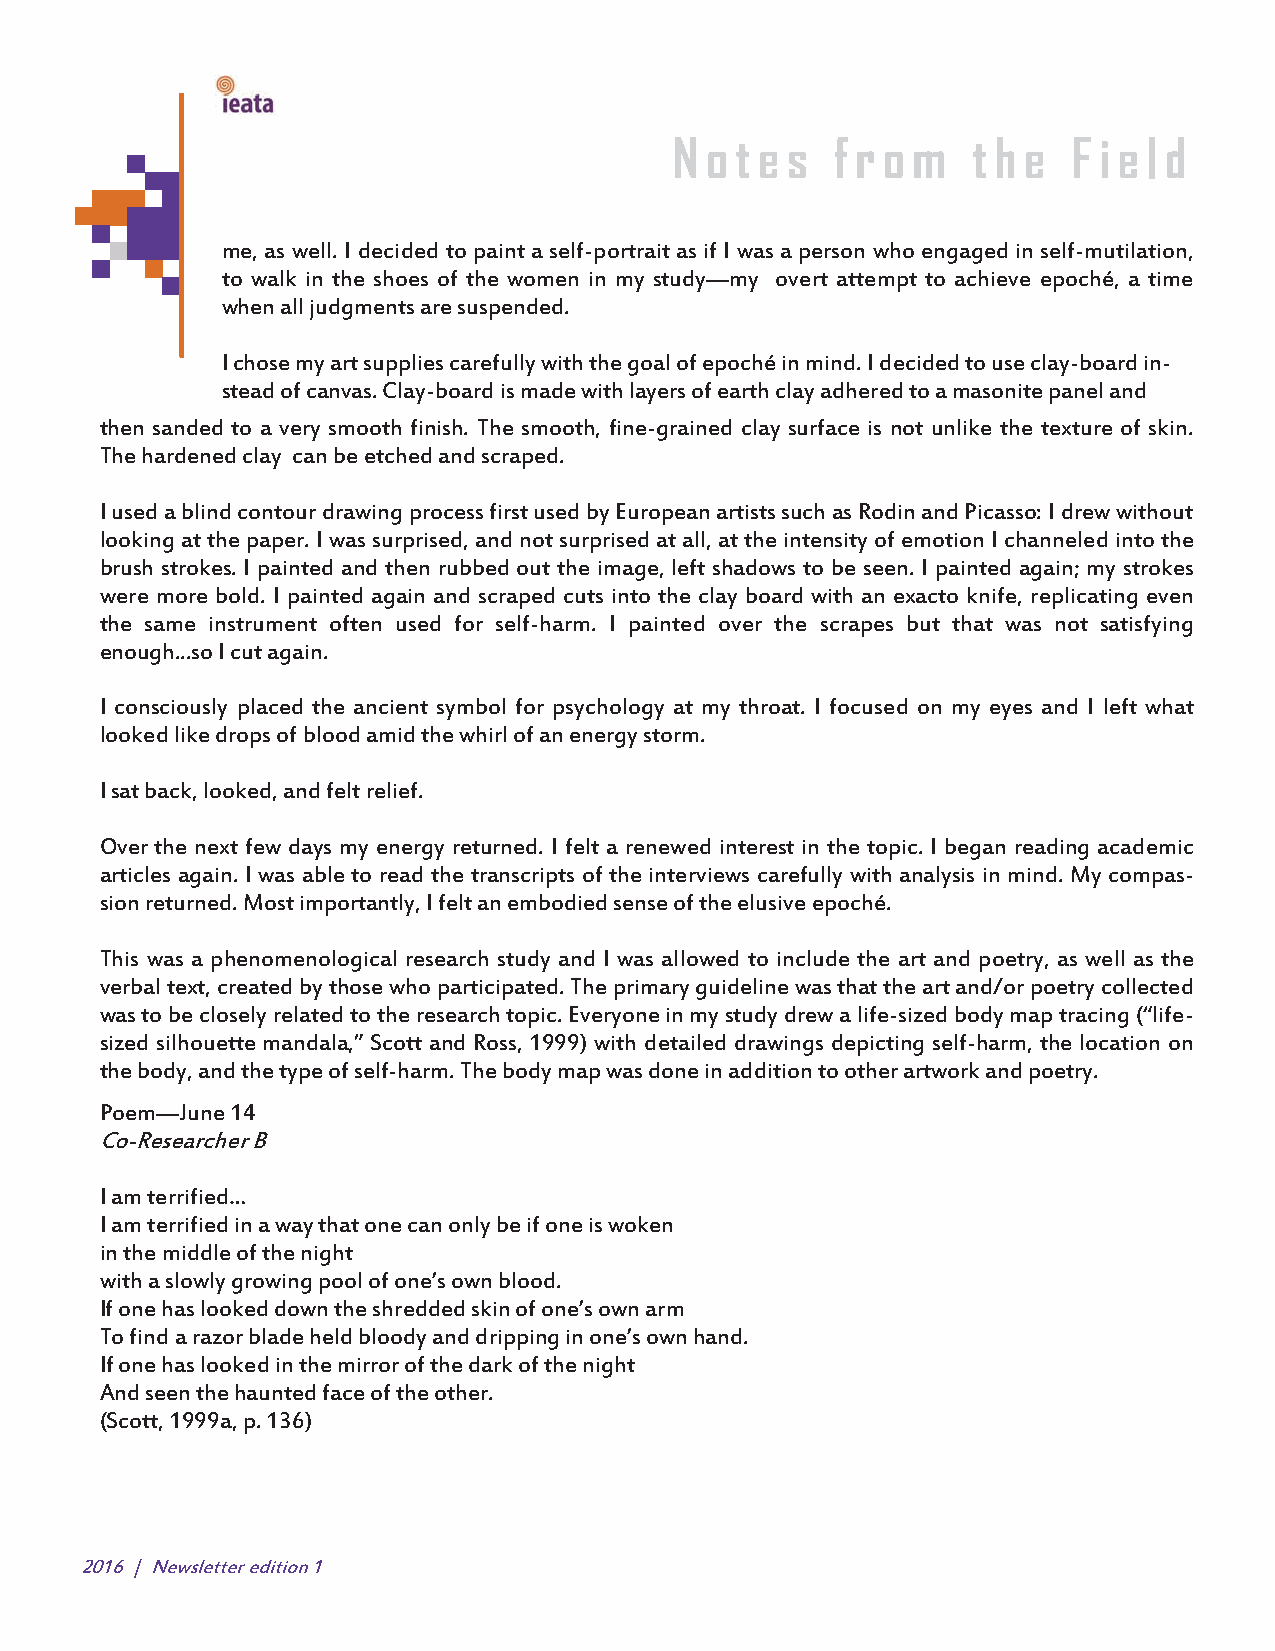
!
 N o t e s f r o m  t h e  F i e l d
 me, as well. I decided to paint a self-portrait as if I was a person who engaged in self-mutilation,
 to walk in the shoes of the women in my study—my overt attempt to achieve epoché, a time
 when all judgments are suspended.
 I chose my art supplies carefully with the goal of epoché in mind. I decided to use clay-board in-
 stead of canvas. Clay-board is made with layers of earth clay adhered to a masonite panel and
 then sanded to a very smooth finish. The smooth, fine-grained clay surface is not unlike the texture of skin.
 The hardened clay can be etched and scraped.
 I used a blind contour drawing process first used by European artists such as Rodin and Picasso: I drew without
 looking at the paper. I was surprised, and not surprised at all, at the intensity of emotion I channeled into the
 brush strokes. I painted and then rubbed out the image, left shadows to be seen. I painted again; my strokes
 were more bold. I painted again and scraped cuts into the clay board with an exacto knife, replicating even
 the same instrument often used for self-harm. I painted over the scrapes but that was not satisfying
 enough...so I cut again.
 I consciously placed the ancient symbol for psychology at my throat. I focused on my eyes and I left what
 looked like drops of blood amid the whirl of an energy storm.
 I sat back, looked, and felt relief.
 Over the next few days my energy returned. I felt a renewed interest in the topic. I began reading academic
 articles again. I was able to read the transcripts of the interviews carefully with analysis in mind. My compas-
 sion returned. Most importantly, I felt an embodied sense of the elusive epoché.
 This was a phenomenological research study and I was allowed to include the art and poetry, as well as the
 verbal text, created by those who participated. The primary guideline was that the art and/or poetry collected
 was to be closely related to the research topic. Everyone in my study drew a life-sized body map tracing (“life-
 sized silhouette mandala,” Scott and Ross, 1999) with detailed drawings depicting self-harm, the location on
 the body, and the type of self-harm. The body map was done in addition to other artwork and poetry.
 Poem—June 14
 Co-Researcher B
 I am terrified…
 I am terrified in a way that one can only be if one is woken
 in the middle of the night
 with a slowly growing pool of one’s own blood.
 If one has looked down the shredded skin of one’s own arm
 To find a razor blade held bloody and dripping in one’s own hand.
 If one has looked in the mirror of the dark of the night
 And seen the haunted face of the other.
 (Scott, 1999a, p. 136)
 2016 | Newsletter edition 1